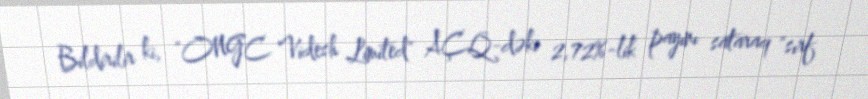
Bildirilir ki, "ONGC Videsh Limited" AÇQ-dəki 2,72%-lik payını sataraq "sırf